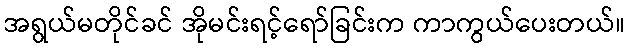
အရွယ်မတိုင်ခင် အိုမင်းရင့်ရော်ခြင်းက ကာကွယ်ပေးတယ်။